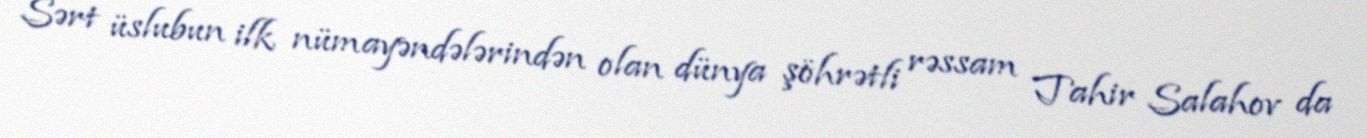
Sərt üslubun ilk nümayəndələrindən olan dünya şöhrətli rəssam Tahir Salahov da